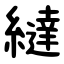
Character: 繨